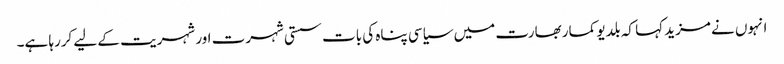
انہوں نے مزید کہا کہ بلدیو کمار بھارت میں سیاسی پناہ کی بات سستی شہرت اور شہریت کے لیے کررہا ہے۔